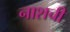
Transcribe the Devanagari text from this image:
नाशची